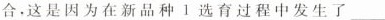
合。这是因为在新品种I选育过程中发生了___